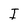
Character: I